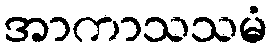
အာကာသသမံ